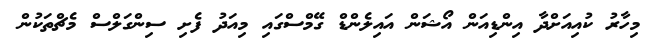
މިހާރު ކުއިއަށްދާ އިންޑިއަން އޯޝަން އައިލެންޑް ގޭމްސްގައި މިއަދު ފެށި ސިންގަލްސް މެޗްތަކުން